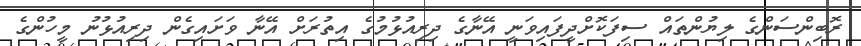
ރޮބިންސަންގެ ލިޔުންތައް ސިފަކޮށްދީފައިވަނީ އޭނާގެ ދިރިއުޅުމުގެ އިތުރަށް އޭނާ ވަށައިގެން ދިރިއުޅުނު މީހުންގެ